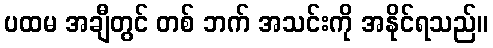
ပထမ အချီတွင် တစ် ဘက် အသင်းကို အနိုင်ရသည်။